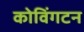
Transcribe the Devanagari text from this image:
कोविंगटन